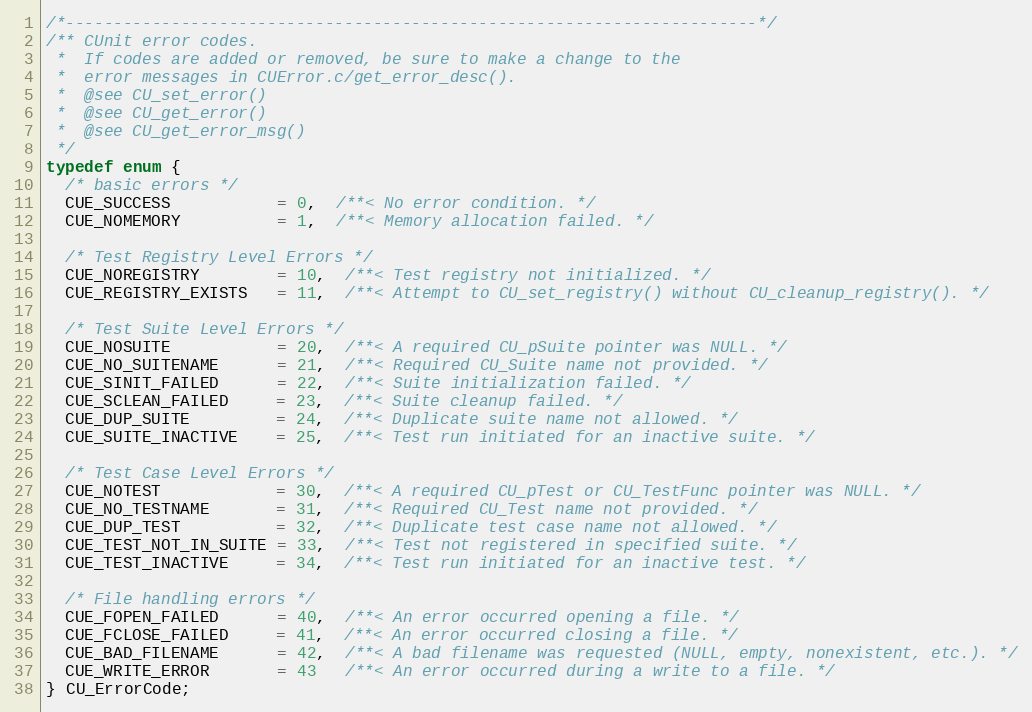
Language: C
/*------------------------------------------------------------------------*/
/** CUnit error codes.
 *  If codes are added or removed, be sure to make a change to the
 *  error messages in CUError.c/get_error_desc().
 *  @see CU_set_error()
 *  @see CU_get_error()
 *  @see CU_get_error_msg()
 */
typedef enum {
  /* basic errors */
  CUE_SUCCESS           = 0,  /**< No error condition. */
  CUE_NOMEMORY          = 1,  /**< Memory allocation failed. */

  /* Test Registry Level Errors */
  CUE_NOREGISTRY        = 10,  /**< Test registry not initialized. */
  CUE_REGISTRY_EXISTS   = 11,  /**< Attempt to CU_set_registry() without CU_cleanup_registry(). */

  /* Test Suite Level Errors */
  CUE_NOSUITE           = 20,  /**< A required CU_pSuite pointer was NULL. */
  CUE_NO_SUITENAME      = 21,  /**< Required CU_Suite name not provided. */
  CUE_SINIT_FAILED      = 22,  /**< Suite initialization failed. */
  CUE_SCLEAN_FAILED     = 23,  /**< Suite cleanup failed. */
  CUE_DUP_SUITE         = 24,  /**< Duplicate suite name not allowed. */
  CUE_SUITE_INACTIVE    = 25,  /**< Test run initiated for an inactive suite. */

  /* Test Case Level Errors */
  CUE_NOTEST            = 30,  /**< A required CU_pTest or CU_TestFunc pointer was NULL. */
  CUE_NO_TESTNAME       = 31,  /**< Required CU_Test name not provided. */
  CUE_DUP_TEST          = 32,  /**< Duplicate test case name not allowed. */
  CUE_TEST_NOT_IN_SUITE = 33,  /**< Test not registered in specified suite. */
  CUE_TEST_INACTIVE     = 34,  /**< Test run initiated for an inactive test. */

  /* File handling errors */
  CUE_FOPEN_FAILED      = 40,  /**< An error occurred opening a file. */
  CUE_FCLOSE_FAILED     = 41,  /**< An error occurred closing a file. */
  CUE_BAD_FILENAME      = 42,  /**< A bad filename was requested (NULL, empty, nonexistent, etc.). */
  CUE_WRITE_ERROR       = 43   /**< An error occurred during a write to a file. */
} CU_ErrorCode;